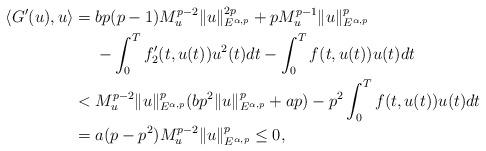
LaTeX: \begin{align*}\langle G'(u),u\rangle&=bp(p-1)M_u^{p-2}\|u\|_{E^{\alpha,p}}^{2p}+pM_u^{p-1}\|u\|_{E^{\alpha,p}}^p\\&\ \ \ \ -\int_{0}^{T}f'_2(t,u(t))u^2(t)dt-\int_{0}^{T}f(t,u(t))u(t)dt\\&<M_u^{p-2}\|u\|_{E^{\alpha,p}}^p(bp^2\|u\|_{E^{\alpha,p}}^p+ap)-p^2\int_{0}^{T}f(t,u(t))u(t)dt\\&=a(p-p^2)M_u^{p-2}\|u\|_{E^{\alpha,p}}^p\leq0,\end{align*}